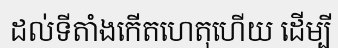
ដល់ទីតាំងកើតហេតុហើយ ដើម្បី